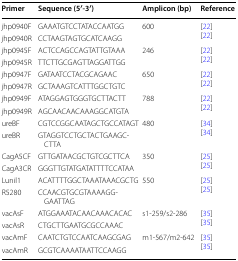
| Primer | Sequence (5′-3′) | Amplicon (bp) | Reference |
 | --- | --- | --- | --- |
 | jhp0940F | GAAATGTCCTATACCAATGG | <ROWSPAN=2> 600 | <ROWSPAN=2> [22][22] |
 | jhp0940R | CCTAAGTAGTGCATCAAGG |
 | jhp0945F | ACTCCAGCCAGTATTGTAAA | <ROWSPAN=2> 246 | <ROWSPAN=2> [22][22] |
 | jhp0945R | TTCTTGCGAGTTAGGATTGG |
 | jhp0947F | GATAATCCTACGCAGAAC | <ROWSPAN=2> 650 | <ROWSPAN=2> [22][22] |
 | jhp0947R | GCTAAAGTCATTTGGCTGTC |
 | jhp0949F | ATAGGAGTGGGTGCTTACTT | <ROWSPAN=2> 788 | <ROWSPAN=2> [22][22] |
 | jhp0949R | AGCAACAACAAAGGCATGTA |
 | ureBF | CGTCCGGCAATAGCTGCCATAGT | <ROWSPAN=2> 480 | <ROWSPAN=2> [34][34] |
 | ureBR | GTAGGTCCTGCTACTGAAGCCTTA |
 | CagA5CF | GTTGATAACGCTGTCGCTTCA | <ROWSPAN=2> 350 | <ROWSPAN=2> [25][25] |
 | CagA3CR | GGGTTGTATGATATTTTCCATAA |
 | Lunil1 | ACATTTTGGCTAAATAAACGCTG | <ROWSPAN=2> 550 | <ROWSPAN=2> [25][25] |
 | R5280 | CCAACGTGCGTAAAAGGGAATTAG |
 | vacAsF | ATGGAAATACAACAAACACAC | <ROWSPAN=2> s1-259/s2-286 | <ROWSPAN=2> [35][35] |
 | vacAsR | CTGCTTGAATGCGCCAAAC |
 | vacAmF | CAATCTGTCCAATCAAGCGAG | <ROWSPAN=2> m1-567/m2-642 | <ROWSPAN=2> [35][35] |
 | vacAmR | GCGTCAAAATAATTCCAAGG |